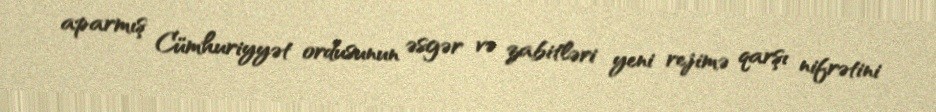
aparmış Cümhuriyyət ordusunun əsgər və zabitləri yeni rejimə qarşı nifrətini